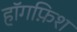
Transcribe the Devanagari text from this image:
हॉगफ़िश